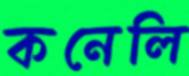
কনেলি